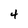
Character: 4